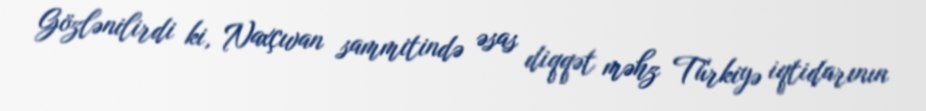
Gözlənilirdi ki, Naxçıvan sammitində əsas diqqət məhz Türkiyə iqtidarının